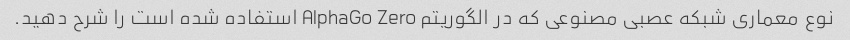
نوع معماری شبکه عصبی مصنوعی که در الگوریتم AlphaGo Zero استفاده شده است را شرح دهید.